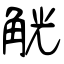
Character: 觥